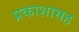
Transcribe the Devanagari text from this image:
प्रकाशासह